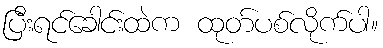
ပြီးရင်ခေါင်းထဲက ထုတ်ပစ်လိုက်ပါ။